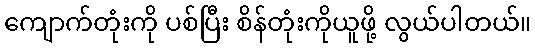
ကျောက်တုံးကို ပစ်ပြီး စိန်တုံးကိုယူဖို့ လွယ်ပါတယ်။